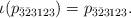
LaTeX: \begin{align*} \iota(p_{\bar3\bar23123})=p_{\bar3\bar23123}.\end{align*}